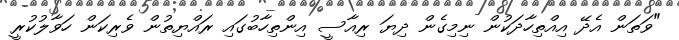
"ވަތަން އެދޭ އިއްތިހާދަކުން ނިމިގެން ދިޔަ ރިއާސީ އިންތިހާބުގައި ރައްޔިތުން ވެރިކަން ހަވާލުކުރީ